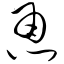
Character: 恿